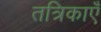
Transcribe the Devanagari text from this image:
तत्रिकाएँ